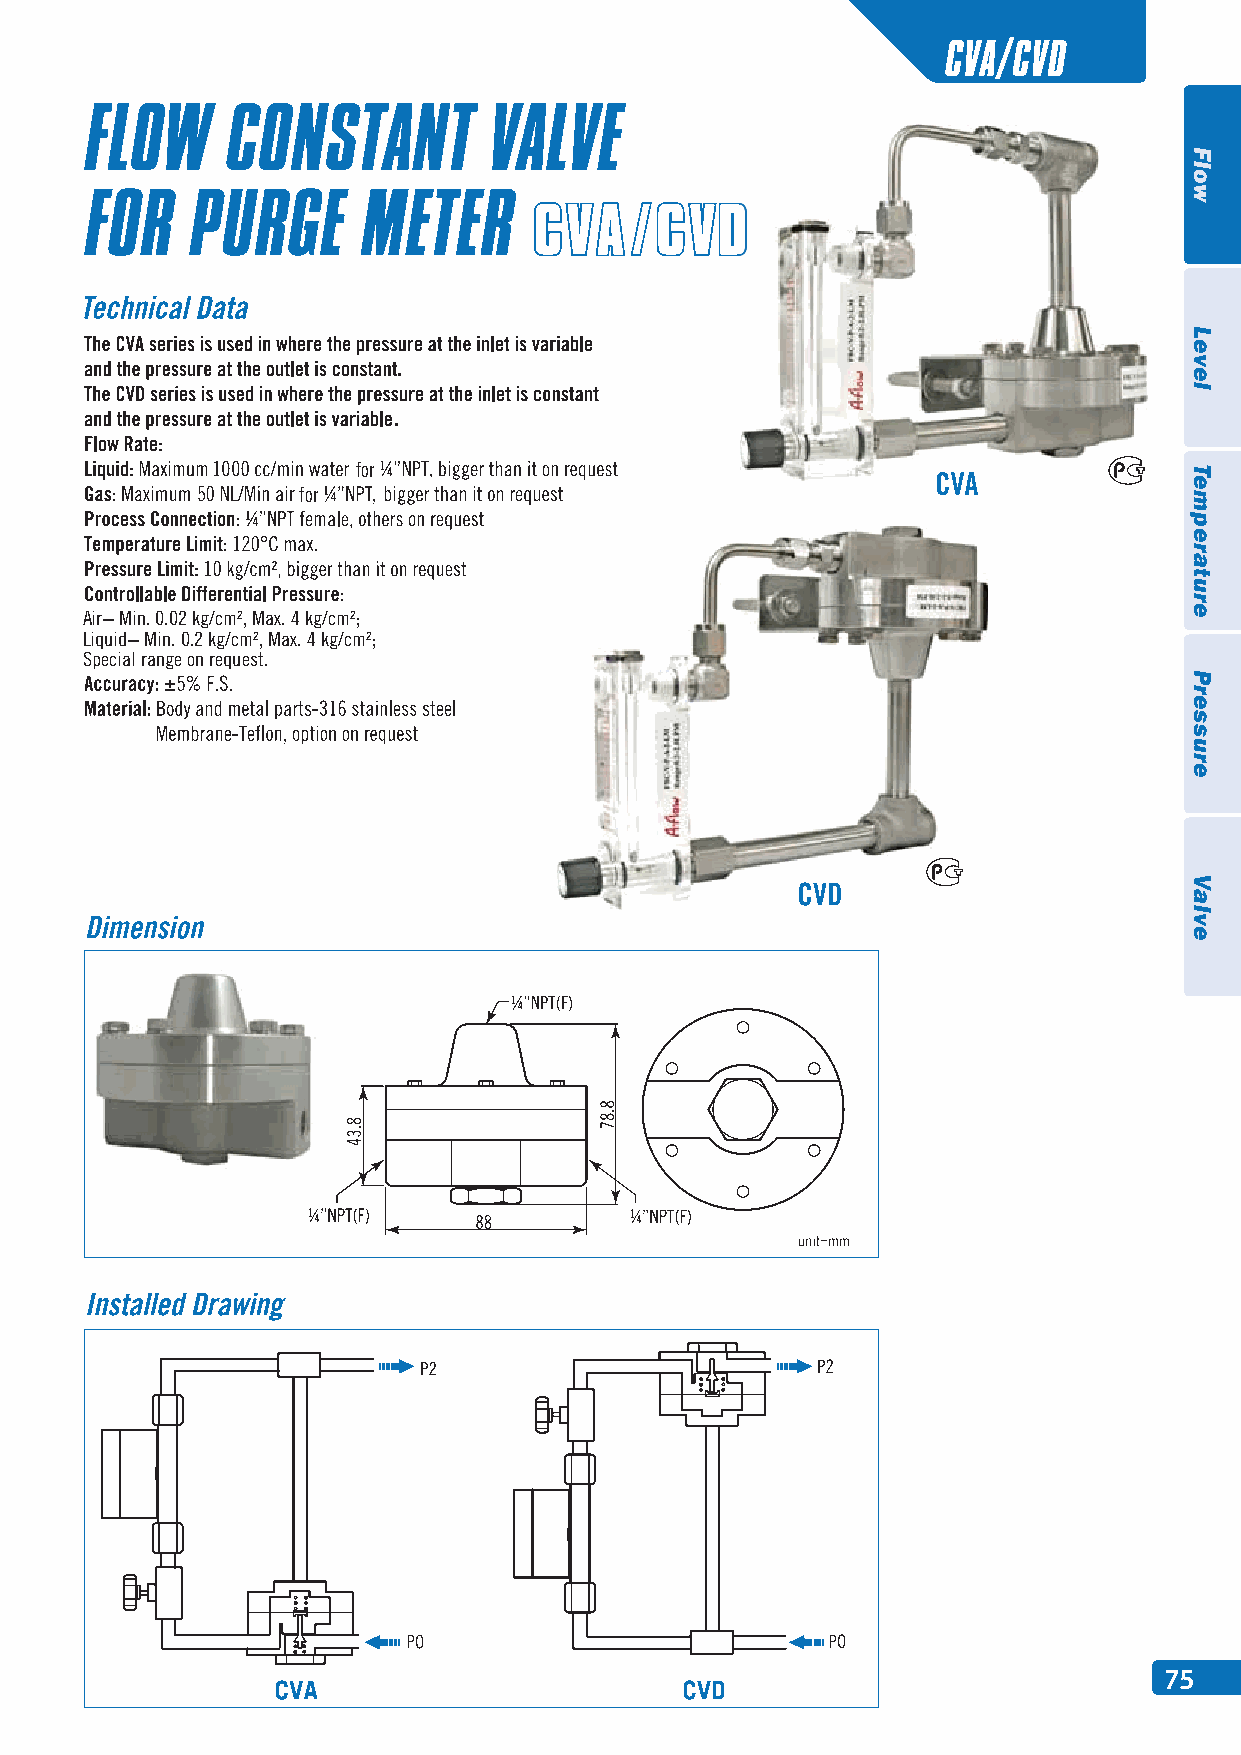
CVA/CVD
 for
 5      for
 Air− Min. 0.02 kg/cm², Max. 4 kg/cm²;
 Liquid− Min. 0.2 kg/cm², Max. 4 kg/cm²;
 Special range on request.
 75
 Flow
 Level
 Temperature
 Pressure
 Valve